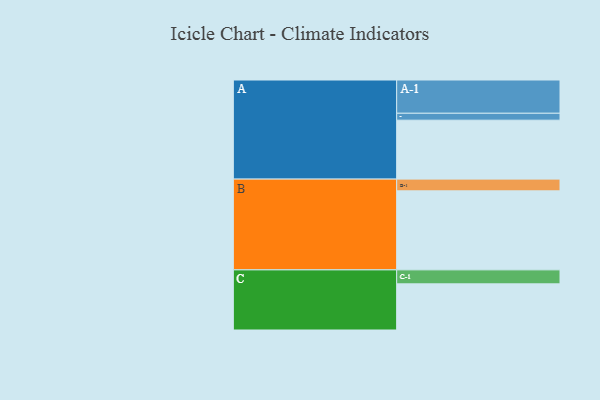
{"axis": {"x": "Segment", "y": "Value"}, "legend": ["", "A", "B", "C"], "data": [{"x": "A", "y": 443, "type": ""}, {"x": "B", "y": 594, "type": ""}, {"x": "C", "y": 347, "type": ""}, {"x": "A-1", "y": 250, "type": "A"}, {"x": "A-2", "y": 52, "type": "A"}, {"x": "B-1", "y": 88, "type": "B"}, {"x": "C-1", "y": 105, "type": "C"}]}